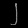
Digit: ၂